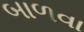
બાળવા